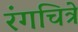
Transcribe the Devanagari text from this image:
रंगचित्रे